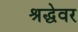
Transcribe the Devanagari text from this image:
श्रद्धेवर